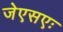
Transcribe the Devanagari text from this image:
जेएसएः